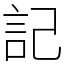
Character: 記